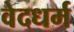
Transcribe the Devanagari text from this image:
वेदधर्म